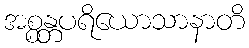
အစ္စန္တပရိယောသာနာတိ